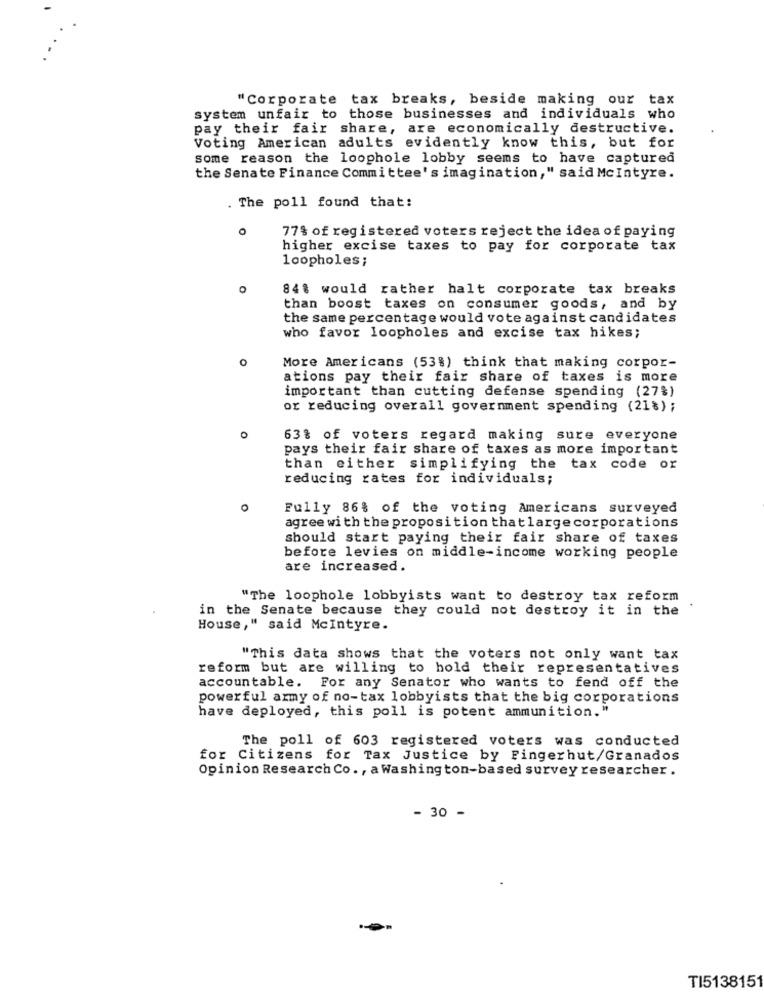
"Corporate tax breaks, beside making our tax
system unfair to
those businesses and individuals who
pay their fair share, are economically destructive.
Voting American adults evidently know this, but for
some reason the loophole lobby seems to have captured
the Senate Finance Committee's imagination," said Mcintyre.
. The poll found that:
77% of registered voters reject the idea of paying
higher excise taxes to pay for corporate tax
loopholes;
84% would rather halt corporate tax breaks
than boost taxes on consumer goods, and by
the same percentage would vote against candidates
who favor loopholes and excise tax hikes;
o
More Americans (53%) think that making corpor-
ations pay their fair share of taxes is more
important than cutting defense spending (27%)
or reducing overall government spending (21%) ;
0
63% of voters regard making sure everyone
pays their fair share of taxes as more important
than either simplifying the tax code or
reducing rates for individuals;
Fully 86% of the voting Americans surveyed
agree with the proposition thatlargecorporations
should start paying their fair share of taxes
before levies on middle-income working people
are increased.
"The loophole lobbyists want to destroy tax reform
in the Senate because they could not destroy it in the
House," said Mcintyre.
"This data shows that the voters not only want tax
reform but are willing to hold their representatives
accountable. For any Senator who wants to fend off the
powerful army of no-tax lobbyists that the big corporations
have deployed, this poll is potent ammunition."
The poll of 603 registered voters was conducted
for Citizens for Tax Justice by Fingerhut/Granados
Opinion Research Co ., a Washington-based survey researcher .
- 30 -
TI5138151